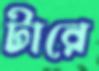
টারে